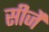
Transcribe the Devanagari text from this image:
सीर्जे